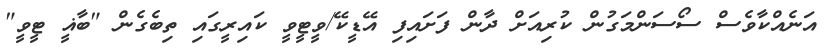
އަނެއްކާވެސް ސޯސަންމަގުން ކުރިއަށް ދާން ފަށައިފި އޭޑީކޭ/ވީޓީވީ ކައިރީގައި ތިބެގެން "ބާޣީ ޓީވީ"